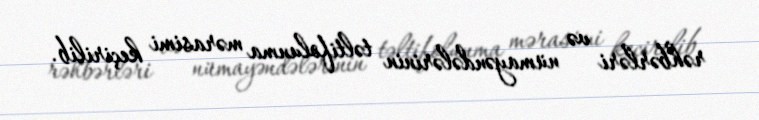
rəhbərləri və nümayəndələrinin təltifolunma mərasimi keçirilib.